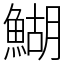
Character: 鰗